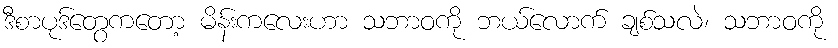
ဒီစာပုဒ်တွေကတော့ မိန်းကလေးဟာ သဘာဝကို ဘယ်လောက် ချစ်သလဲ၊ သဘာဝကို